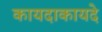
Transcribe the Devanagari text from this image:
कायदाकायदे